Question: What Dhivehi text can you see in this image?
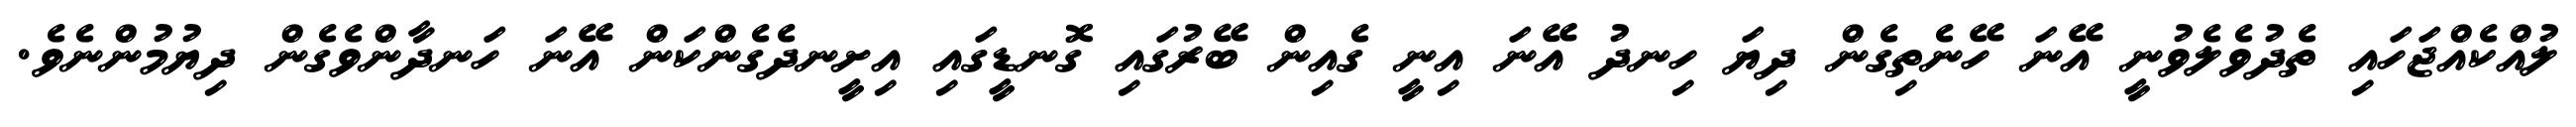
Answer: ލުއްކެއްޖަހައި ތެދުވެލެވުނީ އޭނަ ހޭނެތިގެން ދިޔަ ހިނދު އޭނަ އިނީ ގެއިން ބޭރުގައި ގޮނޑީގައި އިށީނދެގެންކަން އޭނަ ހަނދާންވެގެން ދިޔުމުންނެވެ.